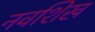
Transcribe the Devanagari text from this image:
नवशिख